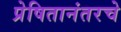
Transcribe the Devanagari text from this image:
प्रेषितानंतरचे